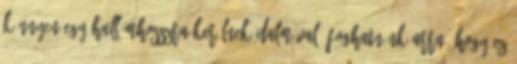
könnyen egy hullámhosszra kerülnek Dalmával. Foghatnánk arra, hogy ez